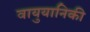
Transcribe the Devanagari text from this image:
वायुयानिकी